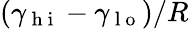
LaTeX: (\gamma_{\mathrm{~h~i~}}-\gamma_{\mathrm{~l~o~}})/R